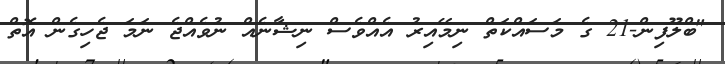
"ބްލޫފިން-21 ގެ މަސައްކަތް ނިމޭއިރު އެއްވެސް ނިޝާނެއް ނުވެއްޖެ ނަމަ ޖެހިގެން އޮތް